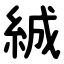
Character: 絾